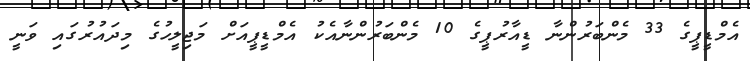
އެމްޑީޕީގެ 33 މެންބަރުންނާ ޑީއާރުޕީގެ 10 މެންބަރުންނާއެކު އެމްޑީޕީއަށް މަޖިލީހުގެ މިދައުރުގައި ވަނީ